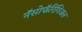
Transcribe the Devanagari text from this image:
नॅसोफॅरिंगिअल